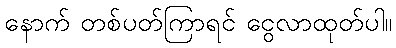
နောက် တစ်ပတ်ကြာရင် ငွေလာထုတ်ပါ။